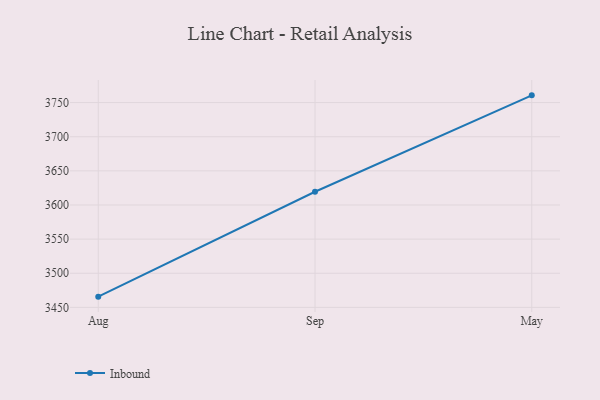
{"axis": {"x": "Month", "y": "Demand Index"}, "legend": ["Inbound"], "data": [{"x": "Aug", "y": 3465.7, "type": "Inbound"}, {"x": "Sep", "y": 3619.4, "type": "Inbound"}, {"x": "May", "y": 3760.6, "type": "Inbound"}]}